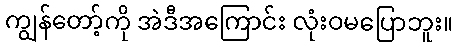
ကျွန်တော့်ကို အဲဒီအကြောင်း လုံးဝမပြောဘူး။